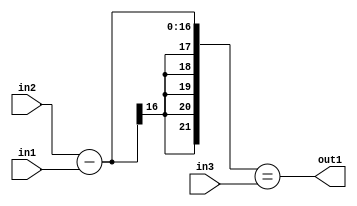
`timescale 1ps / 1ps
/*****************************************************************************
    Verilog RTL Description
    
    
    Created by: Stratus DpOpt 2019.1.01 
*******************************************************************************/

module pw_weight_addr_gen_EqSubu8u16u16_4 (
	in3,
	in2,
	in1,
	out1
	); /* architecture "behavioural" */ 
input [15:0] in3,
	in2;
input [7:0] in1;
output  out1;
wire  asc001;
wire [16:0] asc003;

assign asc003 = 
	+(in2)
	-(in1);

assign asc001 = ({{5{asc003[16]}}, asc003}==in3);

assign out1 = asc001;
endmodule

/* CADENCE  ubfwTQ0= : u9/ySgnWtBlWxVPRXgAZ4Og= ** DO NOT EDIT THIS LINE ******/